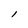
Character: l